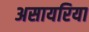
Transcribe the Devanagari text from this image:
असायरिया